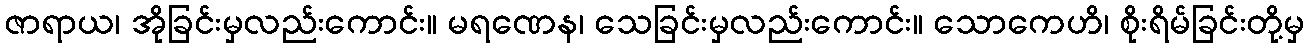
ဇာရာယ၊ အိုခြင်းမှလည်းကောင်း။ မရဏေန၊ သေခြင်းမှလည်းကောင်း။ သောကေဟိ၊ စိုးရိမ်ခြင်းတို့မှ